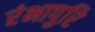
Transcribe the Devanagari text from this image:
रंभापुरि